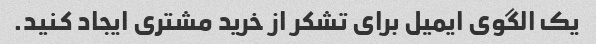
یک الگوی ایمیل برای تشکر از خرید مشتری ایجاد کنید.